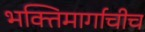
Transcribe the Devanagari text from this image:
भक्तिमार्गाचीच